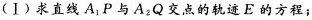
(Ⅰ)求直线A_{1}P与A_{2}Q交点的轨迹E的方程；